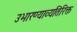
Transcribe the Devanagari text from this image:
उभारण्याव्यतिरिक्त